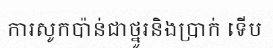
ការសូកប៉ាន់ជាថ្នូរនិងប្រាក់ ទើប